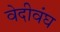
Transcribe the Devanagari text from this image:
वेदीवंघ